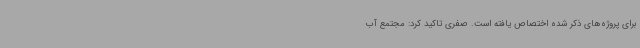
برای پروژه‌های ذکر شده اختصاص یافته است. صفری تاکید کرد: مجتمع آب